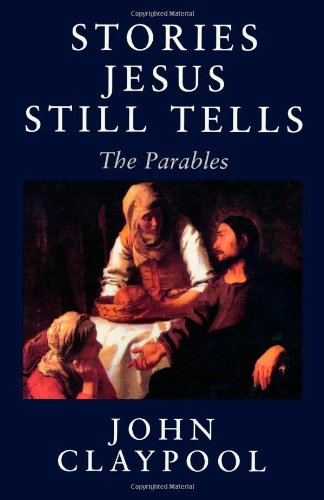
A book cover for Stories Jesus Still Tells: The Parables; John Claypool; Christian Books & Bibles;